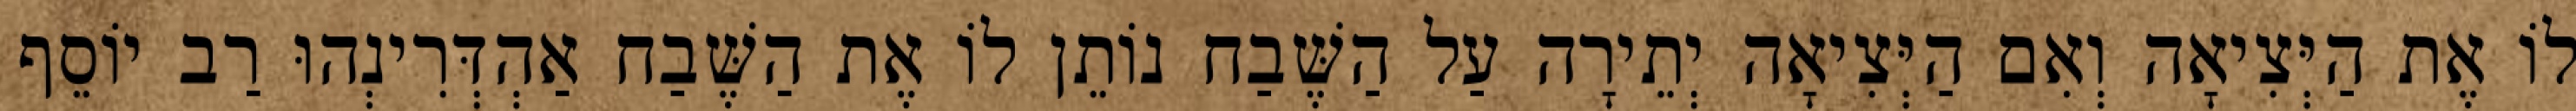
לוֹ אֶת הַיְּצִיאָה וְאִם הַיְּצִיאָה יְתֵירָה עַל הַשֶּׁבַח נוֹתֵן לוֹ אֶת הַשֶּׁבַח אַהְדְּרִינְהוּ רַב יוֹסֵף